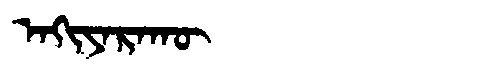
Manchu: ᠠᡴᡳᠶᠠᡵᠠᡴᡡ
Romanization: AKIYARAKŪ